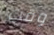
وقت